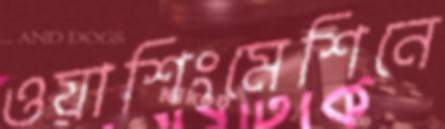
ওয়াশিংমেশিনে